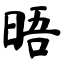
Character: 晤